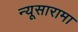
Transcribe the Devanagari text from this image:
न्यूसारामा